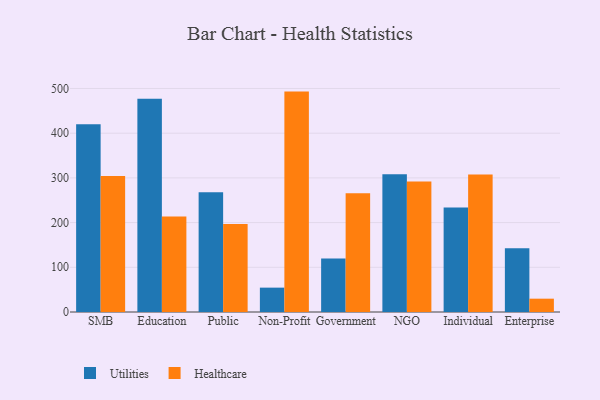
{"axis": {"x": "Segment", "y": "Population (Million)"}, "legend": ["Healthcare", "Utilities"], "data": [{"x": "SMB", "y": 419.9, "type": "Utilities"}, {"x": "SMB", "y": 304.1, "type": "Healthcare"}, {"x": "Education", "y": 477.1, "type": "Utilities"}, {"x": "Education", "y": 213.8, "type": "Healthcare"}, {"x": "Public", "y": 267.7, "type": "Utilities"}, {"x": "Public", "y": 196.8, "type": "Healthcare"}, {"x": "Non-Profit", "y": 54.5, "type": "Utilities"}, {"x": "Non-Profit", "y": 493.0, "type": "Healthcare"}, {"x": "Government", "y": 119.4, "type": "Utilities"}, {"x": "Government", "y": 265.6, "type": "Healthcare"}, {"x": "NGO", "y": 308.3, "type": "Utilities"}, {"x": "NGO", "y": 292.0, "type": "Healthcare"}, {"x": "Individual", "y": 233.7, "type": "Utilities"}, {"x": "Individual", "y": 307.7, "type": "Healthcare"}, {"x": "Enterprise", "y": 142.7, "type": "Utilities"}, {"x": "Enterprise", "y": 29.8, "type": "Healthcare"}]}